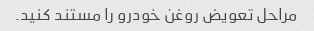
مراحل تعویض روغن خودرو را مستند کنید.